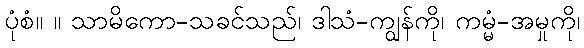
ပုံစံ။ ။ သာမိကော-သခင်သည်၊ ဒါသံ-ကျွန်ကို၊ ကမ္မံ-အမှုကို၊